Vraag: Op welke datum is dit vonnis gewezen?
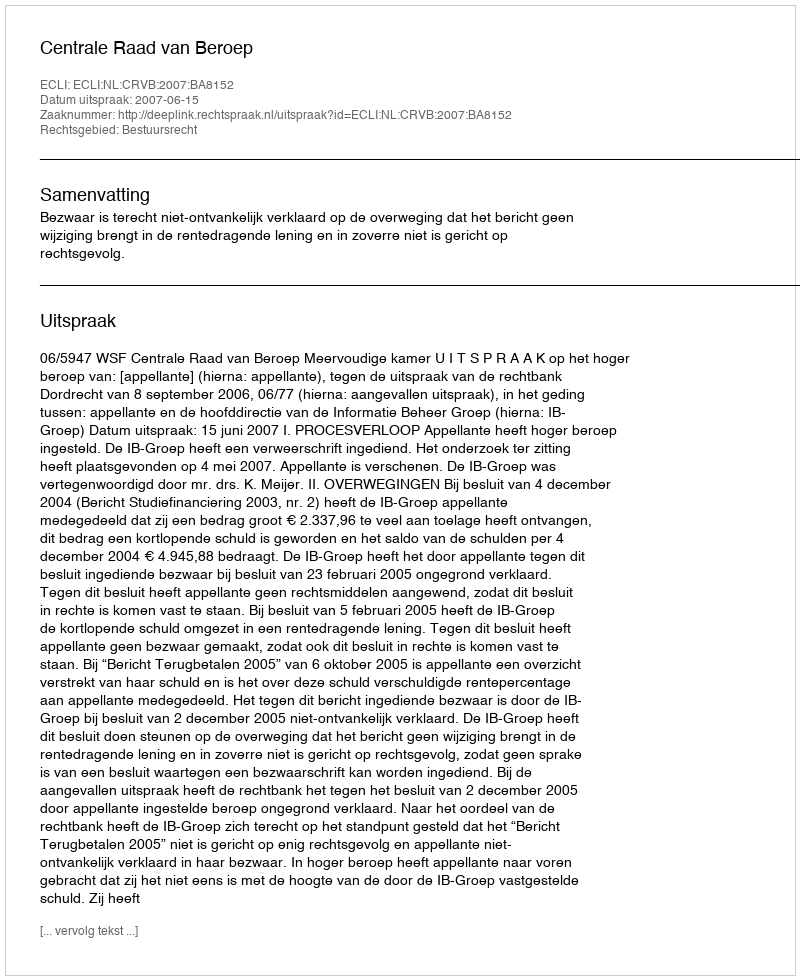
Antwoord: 2007-06-15